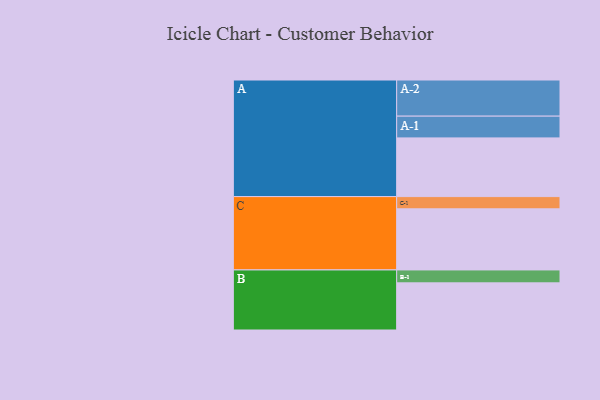
{"axis": {"x": "Segment", "y": "Value"}, "legend": ["", "A", "B", "C"], "data": [{"x": "A", "y": 437, "type": ""}, {"x": "B", "y": 351, "type": ""}, {"x": "C", "y": 455, "type": ""}, {"x": "A-1", "y": 162, "type": "A"}, {"x": "A-2", "y": 269, "type": "A"}, {"x": "B-1", "y": 96, "type": "B"}, {"x": "C-1", "y": 91, "type": "C"}]}